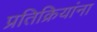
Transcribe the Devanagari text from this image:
प्रतिक्रियांना